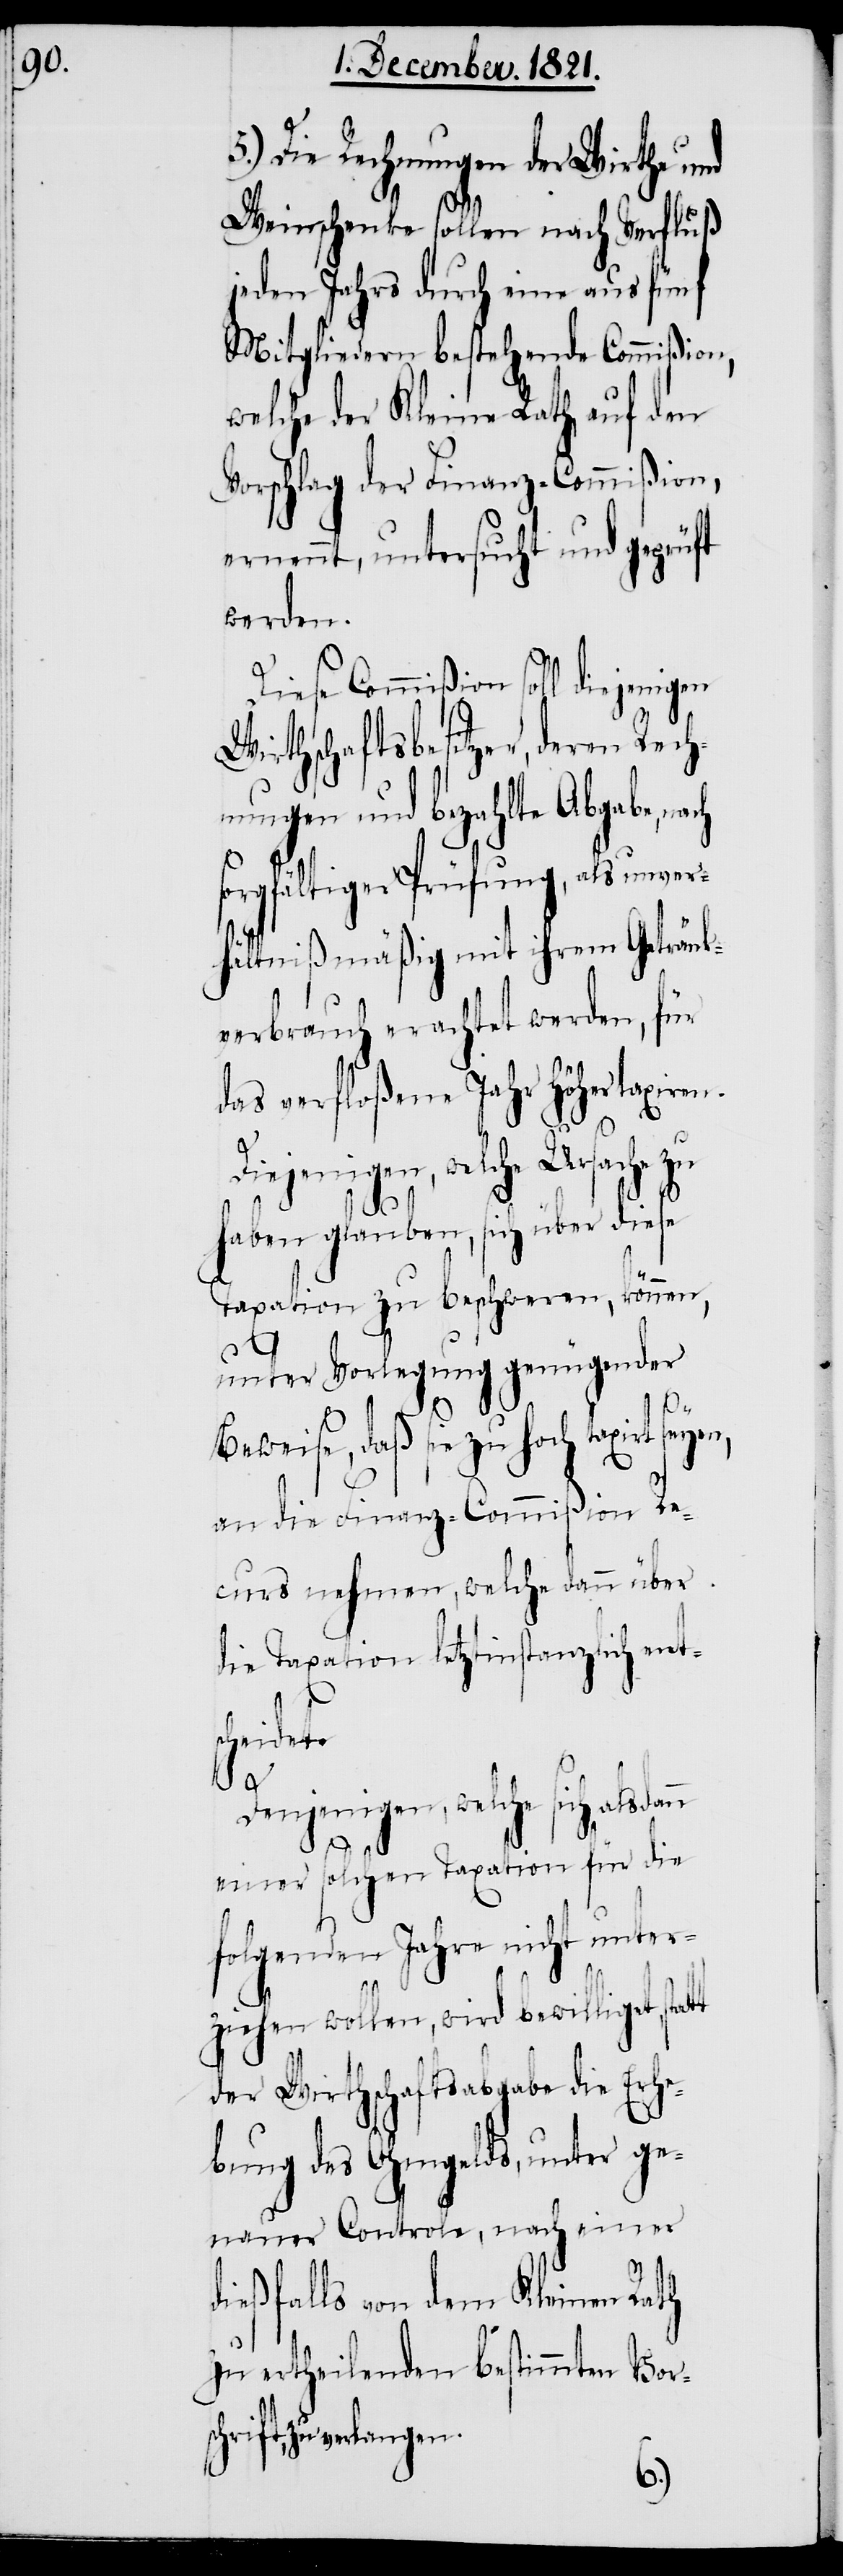
5.) Die Rechnungen der Wirthe und
Weinschenke sollen nach Verfluß
jeden Jahrs durch eine aus fünf
Mitgliedern bestehende Commißion,
welche der Kleine Rath auf den
Vorschlag der Finanz-Commißion,
ernennt, untersucht und geprüft
werden.
Diese Commißion soll diejenigen
Wirthschaftsbesitzer, deren Rech¬
nungen und bezahlte Abgabe, nach
sorgfältiger Prüfung, als unver¬
hältnißmäßig mit ihrem Getränk¬
verbrauch erachtet werden, für
das verfloßene Jahr höher taxiren.
Denjenigen, welche sich
haben glauben, sich über diese
Taxation zu beschweren, können,
unter Vorlegung genügender
Beweise, daß sie zu hoch taxirt seyen,
an die Finanz-Commißion Re¬
curs nehmen, welche dann über
die Taxation letztinstanzlich ent¬
sch¬
scheidet.
t
einer solchen Taxation für die
folgenden Jahre nicht unter¬
ziehen wollen, wird bewilligt, stat¬
der Wirthschaftsabgabe die Erhe¬
bung des Ohmgelds, unter ge¬
nauer Controle, nach einer
dießfalls von dem Kleinen Rath
zu ertheilenden bestimmten Vor¬
rift, zu verlangen.